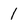
Character: 1